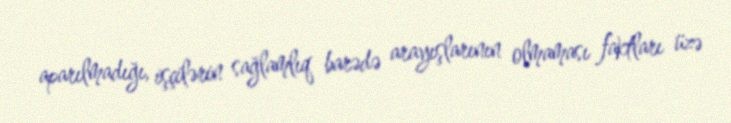
aparılmadığı, işçilərin sağlamlıq barədə arayışlarının olmaması faktları üzə